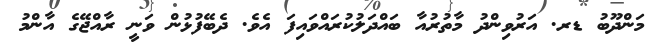
މަންދޫބު ޑރ. އަރުވިންދު މާތުރުއާ ބައްދަލުކުރައްވައިފަ އެވެ. ދެބޭފުޅުން ވަނީ ރާއްޖޭގެ އާންމު